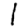
Digit: 1